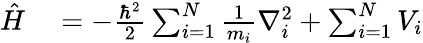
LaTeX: \begin{array}{rl}{{\hat{H}}}&{{}=-{\frac{\hbar^{2}}{2}}\sum_{i=1}^{N}{\frac{1}{m_{i}}}\nabla_{i}^{2}+\sum_{i=1}^{N}V_{i}}\end{array}